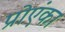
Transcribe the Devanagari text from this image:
प्रोएंका